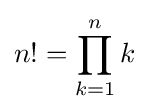
n!=\prod _{k=1}^{n}k